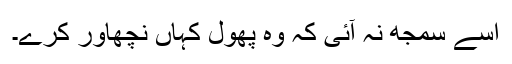
اسے سمجھ نہ آئی کہ وہ پھول کہاں نچھاور کرے۔